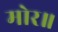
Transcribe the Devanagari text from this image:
मोर॥